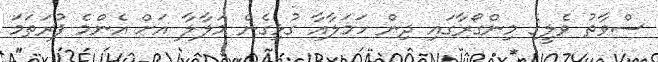
ސްވާތު ވެލީގެ މިންގޯރާގައި ދިން ހަމަލާއާ ގުޅިގެން މަލާލާ އަށް އެންމެ ފުރަތަމަ